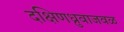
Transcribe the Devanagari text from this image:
दक्षिणध्रुवाजवळ